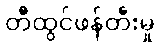
တီထွင်ဖန်တီးမှု